Eesti_Evangeeliumi_Luteri_Usu_Konsistoorium, lk 6
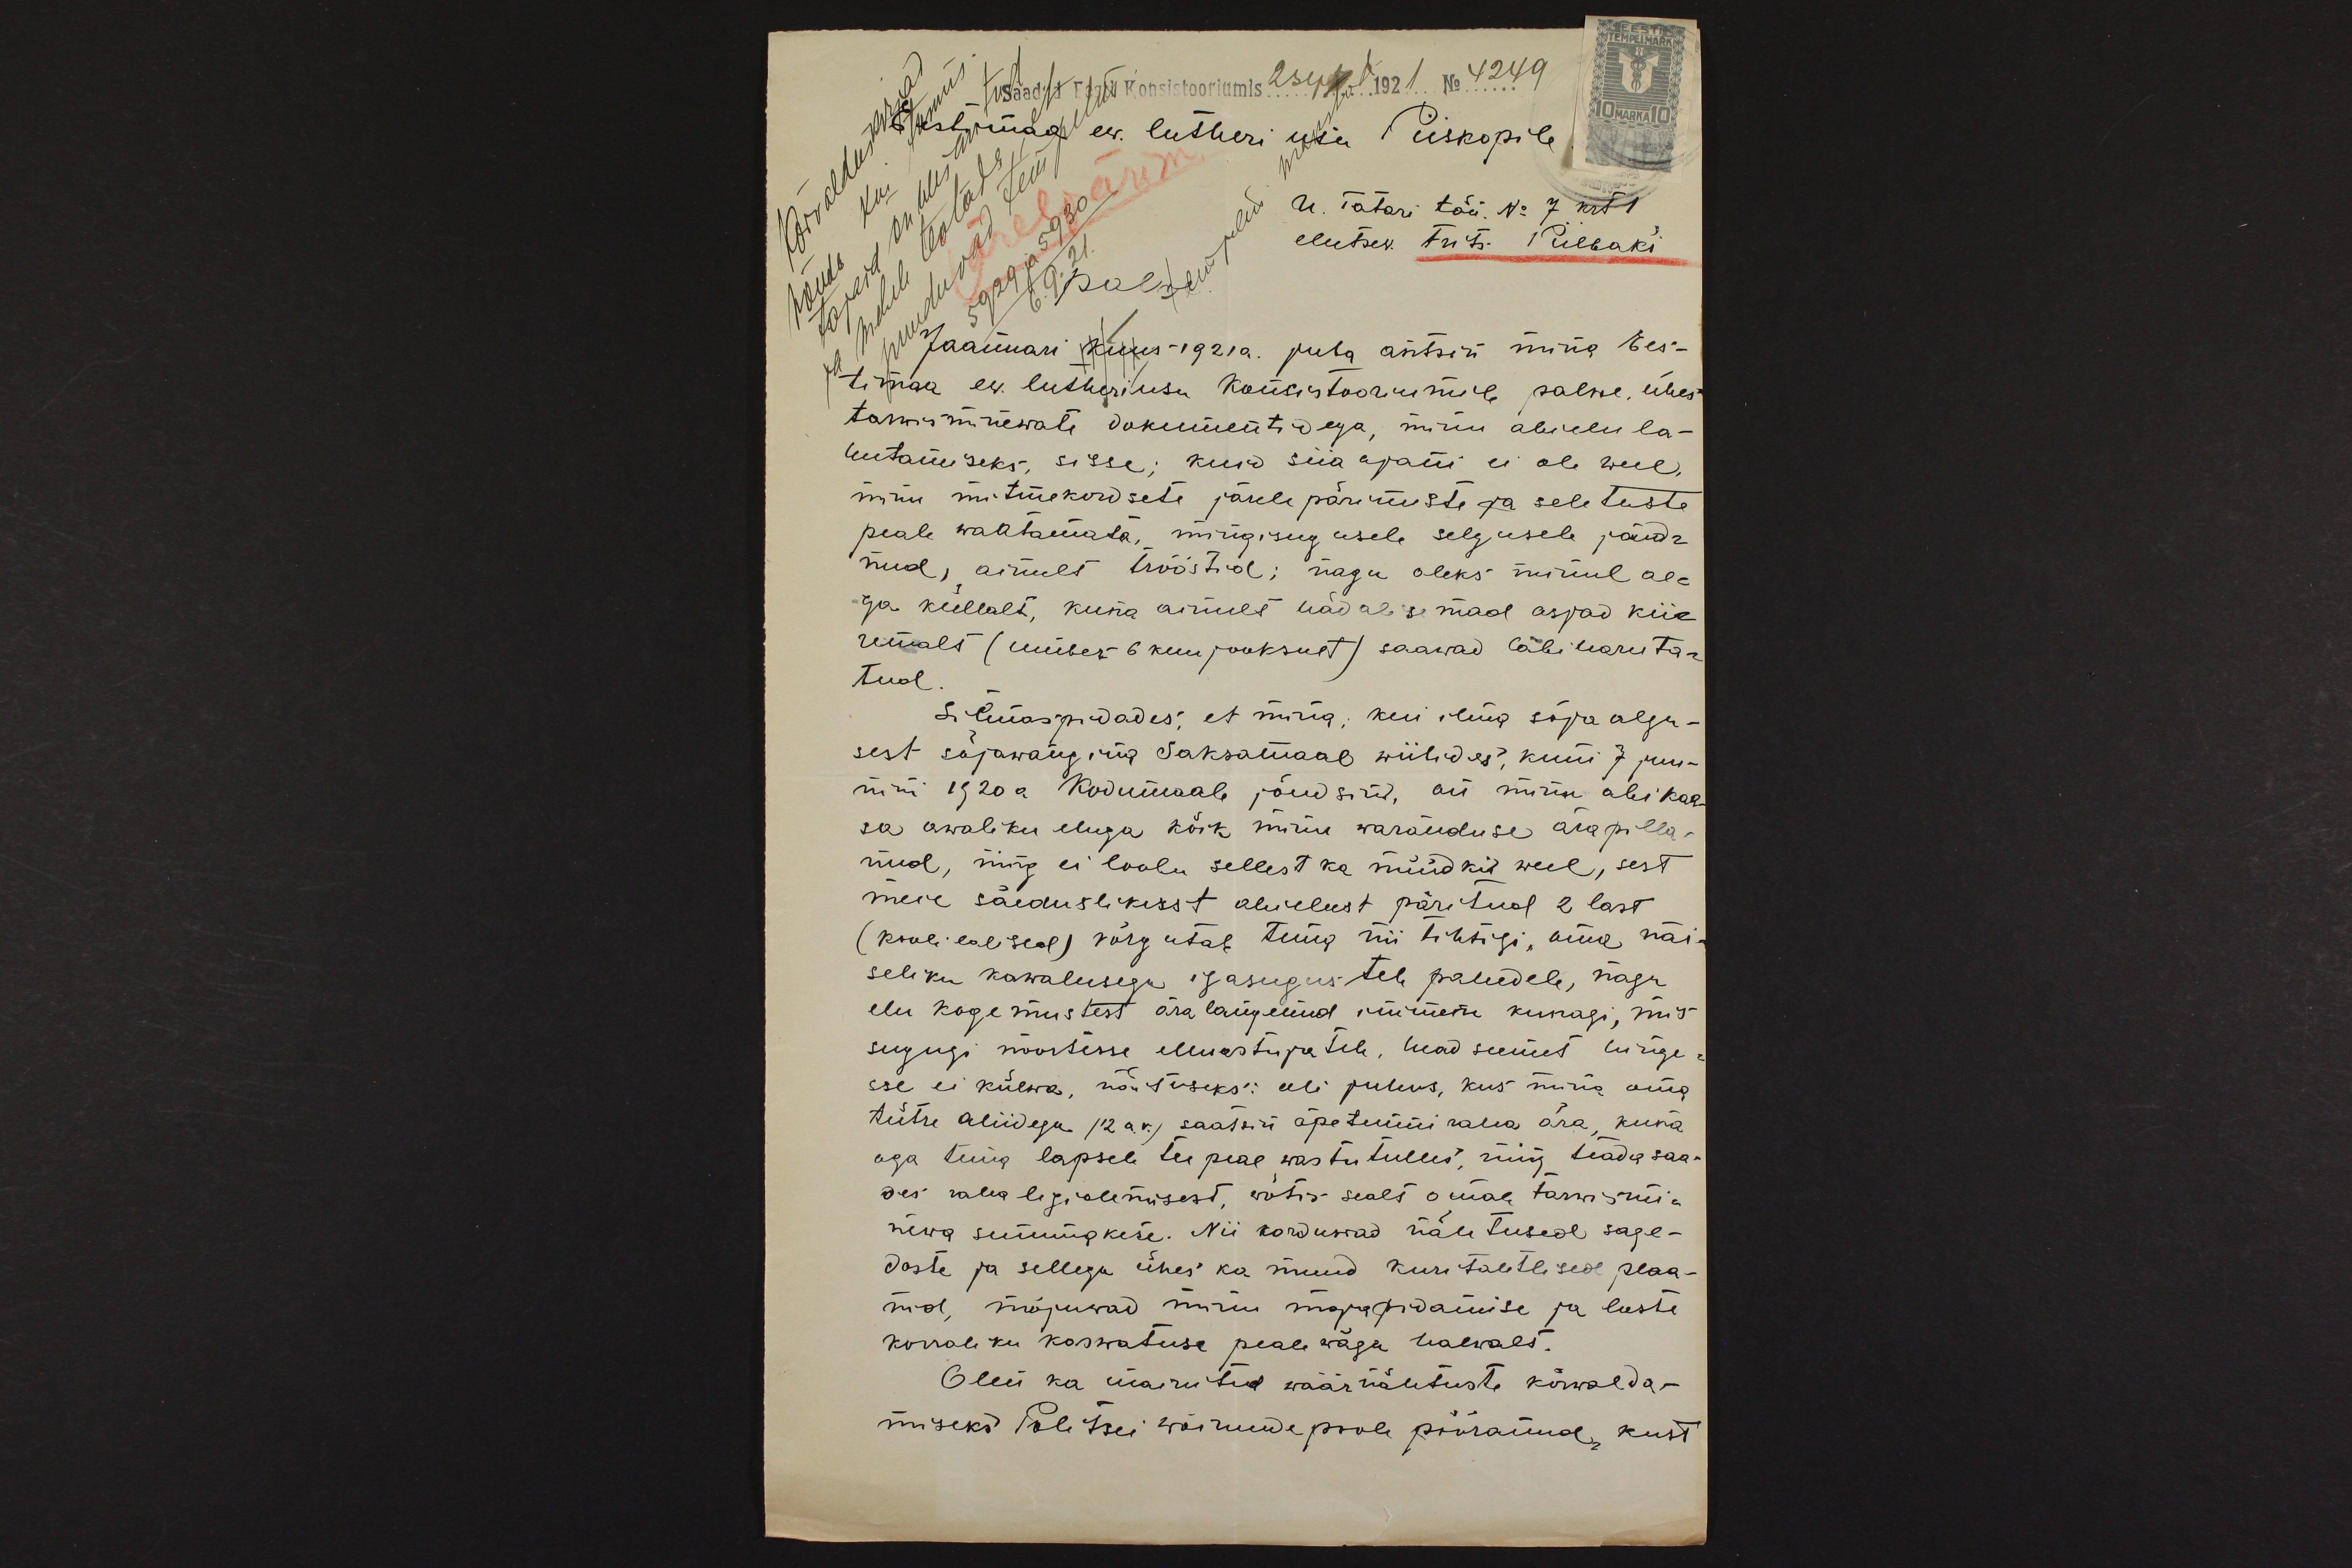
Saadud Eesti Konsistooriumis 2sept 1921 No 4249
Eestimaa ew. lutheri usu Piiskopile
U. Tatari tän. No 7 krt 1
elutsev. Frits Piilbaki
Palve.
Jaanuari kuus-1921a. juba antsin mina Ees-
timaa ew. lutheri usu Konsistooriumile palwe, ühes
tarwisminewate dokumentidega, minu abielu la-
hutamiseks, sisse; kuid siia ajani ei ole weel
minu mitmekordsete järele pärimuste ja seletuste
peale waatamata, mingisugusele selgusele jõud-
nud, ainult trööstid; nagu oleks minul ae-
ga küllalt, kuna ainult hädalisemad asjad kii-
remalt (umbes 6 kuu jooksult) saawad läbiharuta-
tud
Silmaspidades, et mina, kui ilma sõja algu-
sest sõjawangina Saksamaal wiibides, kuni 7 juu-
nini 1920 a kodumaale jõudsind, on minu abikaa-
sa awaliku eluga kõik minu waranduse ära pilla-
nud, ning ei loobu sellest ka nüüdkid weel, sest
meie säeduslikust abielust päritud 2 last
(kooli ealised) võrgutab tema nii tihtigi, oma näi-
seliku kawalusega igasugustele paludele, nagu
elu kogemustest ära langenud inimene kunagi, mis
sugugi noortesse elluastujatele, head seemet hinge-
sse ei külwa, näutuseks: oli puhus, kus mina oma
tütre Aliidega (12 a.v.) saatsin õpetunni raha ära, kuna
aga tema lapsele tee peal wastutulles, ning teada saa-
des raha ligiolemisest, wõtis sealt omale tarwismi-
newa summakese. Nii korduwad näutused sage-
daste ja sellega ühes ka muud kuritahtlised plaa-
nid, mõjuwad minu majapidamise ja laste
korraliku kaswatuse peale wäga halwalt.
Olen ka mainitud wäärnähtuste kõrwalda-
miseks Politsei wõimude poole pööranud, kust